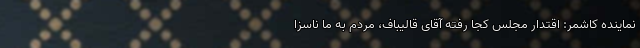
نماینده کاشمر: اقتدار مجلس کجا رفته آقای قالیباف، مردم به ما ناسزا